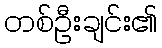
တစ်ဦးချင်း၏